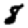
Digit: 8